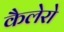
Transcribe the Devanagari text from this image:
कैलेरो